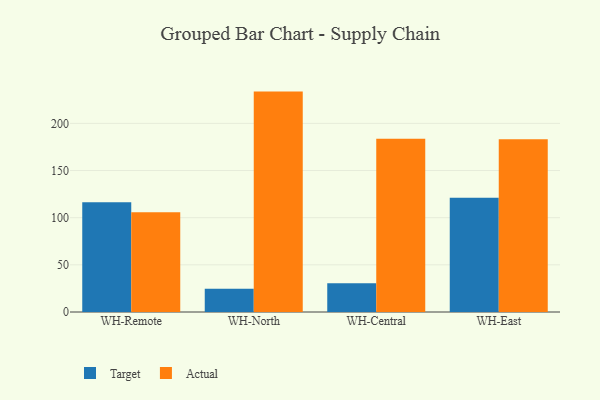
{"axis": {"x": "Warehouse", "y": "Net Income (USD K)"}, "legend": ["Actual", "Target"], "data": [{"x": "WH-Remote", "y": 116.4, "type": "Target"}, {"x": "WH-Remote", "y": 105.9, "type": "Actual"}, {"x": "WH-North", "y": 24.6, "type": "Target"}, {"x": "WH-North", "y": 233.7, "type": "Actual"}, {"x": "WH-Central", "y": 30.4, "type": "Target"}, {"x": "WH-Central", "y": 183.7, "type": "Actual"}, {"x": "WH-East", "y": 121.2, "type": "Target"}, {"x": "WH-East", "y": 183.1, "type": "Actual"}]}